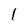
Character: 1